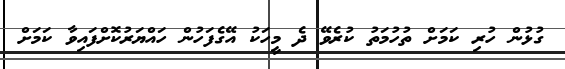
ގުޅުން ހުރި ކަމަށް ތުހުމަތު ކުރެވޭ ދެ މީހަކު އޭގެފަހުން ހައްޔަރުކޮށްފައިވާ ކަމަށް